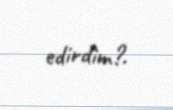
edirdim?.